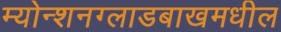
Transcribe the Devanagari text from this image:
म्योन्शनग्लाडबाखमधील